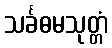
သင်္ခဓမသုတ္တံ